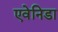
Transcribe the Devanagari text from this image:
एवेनिडा